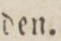
den.